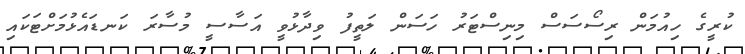
ކުރީގެ ހިއުމަން ރިސޯސަސް މިނިސްޓަރު ހަސަން ލަތީފު ވިދާޅުވީ އަސާސީ މުސާރަ ކަނޑައެޅުމަށްޓަކައި